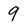
Character: 9